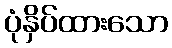
ပုံနှိပ်ထားသော